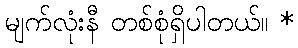
မျက်လုံးနီ တစ်စုံရှိပါတယ်။ *